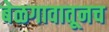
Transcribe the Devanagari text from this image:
बेळगावातूनच